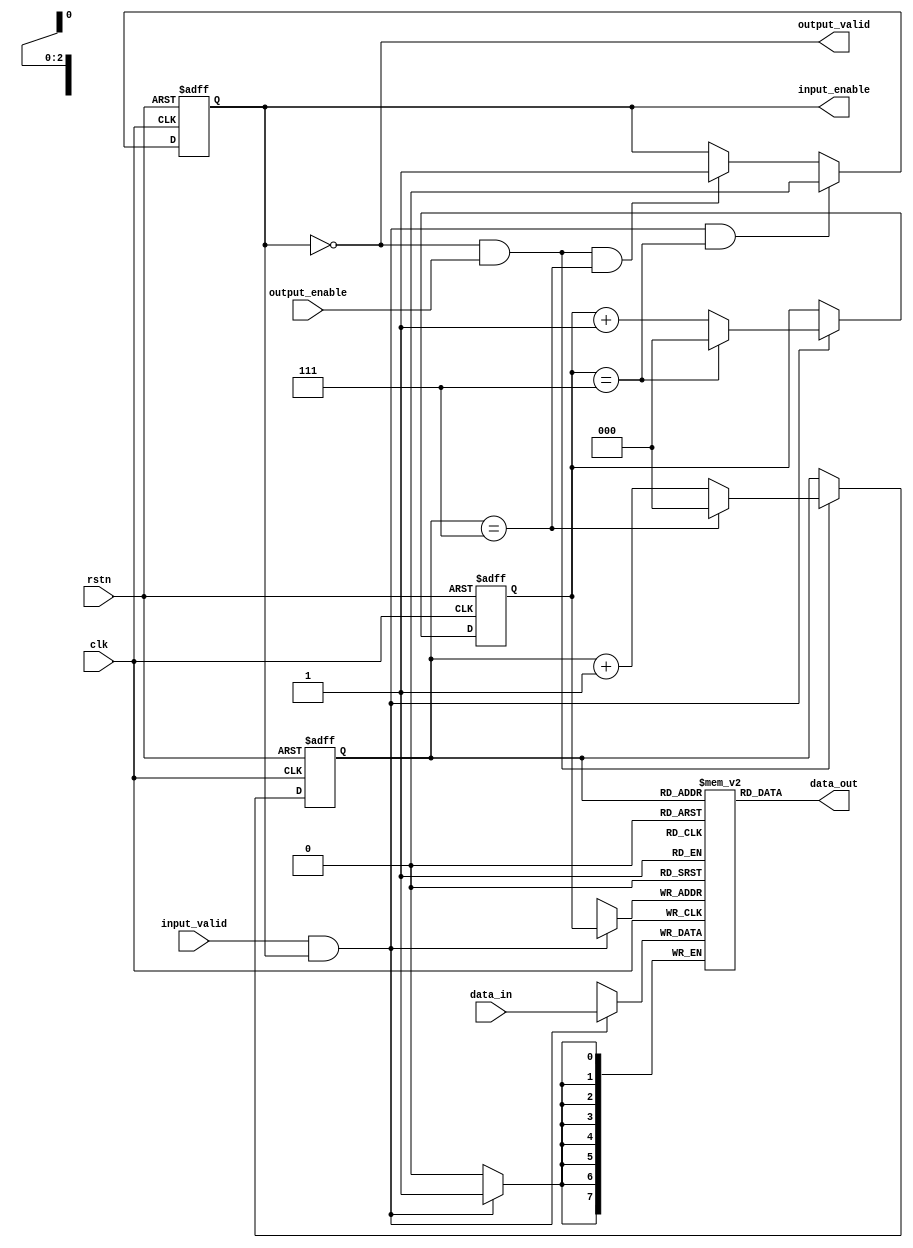
`timescale 1ns / 1ps
//////////////////////////////////////////////////////////////////////////////////
// Company: 
// Engineer: 
// 
// Design Name: 
// Module Name: FIFO
// Project Name: 
// Target Devices: 
// Tool Versions: 
// Description: 
// 
// Dependencies: 
// 
// Revision:
// Revision 0.01 - File Created
// Additional Comments:
// 
//////////////////////////////////////////////////////////////////////////////////


module FIFO #(
    parameter WIDTH = 8,
    parameter DEEPTH = 8,
    parameter ADDR_WIDTH = 3
) (
    input   clk,
    input   rstn,
    input   input_valid,
    output  input_enable, 
    output  output_valid, 
    input   output_enable,
    input  [WIDTH - 1 : 0]  data_in,
    output [WIDTH - 1 : 0]  data_out
);
    // FIFO state
    parameter READ = 1'b0;
    parameter WRITE = 1'b1;
    reg state;
    assign input_enable = (state == WRITE);
    assign output_valid = (state == READ);
    
    // BUFF
    reg [WIDTH - 1 : 0] memory [DEEPTH - 1 : 0];

    // pointer
    reg [ADDR_WIDTH - 1 : 0] read_p;
    reg [ADDR_WIDTH - 1 : 0] write_p;

    // memory write pointer increment;
    always @(posedge clk or negedge rstn) begin
        if (!rstn) begin
            write_p <= 0;
        end else if (input_valid && input_enable) begin
            if (write_p == (DEEPTH - 1)) begin
                write_p <= 0;
            end else begin
                write_p <= write_p + 1;
            end
        end
    end

    // memory write
    always @(posedge clk) begin
        if (input_valid && input_enable) begin
            memory[write_p] <= data_in;
        end
    end
    
    // memory read pointer increment;
    always @(posedge clk or negedge rstn) begin
        if (!rstn) begin
            read_p <= 0;
        end else if (output_valid && output_enable) begin
            if (read_p == (DEEPTH - 1)) begin
                read_p <= 0;
            end else begin
                read_p <= read_p + 1;
            end
        end
    end

    // memory read
    assign data_out = memory[read_p];
    
    // state change
    always @(posedge clk or negedge rstn) begin
        if (!rstn) begin
            state <= WRITE;
        end else begin
            if (input_valid && input_enable && write_p == (DEEPTH - 1)) begin
                state <= READ;                
            end else if (output_valid && output_enable && read_p == (DEEPTH - 1)) begin
                state <= WRITE;
            end
        end
    end

endmodule